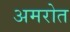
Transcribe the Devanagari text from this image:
अमरोत